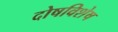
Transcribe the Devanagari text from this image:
दोषविशेष